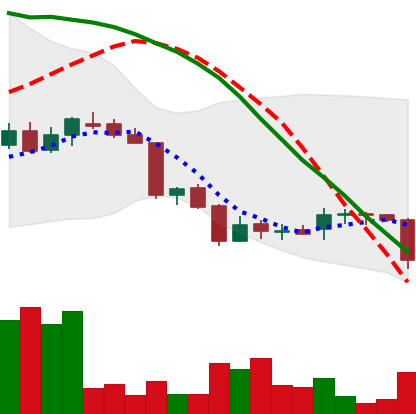
Ticker: DOGE-USD
Chart end date: 2018-06-22
Forward return: -8.658%
Label: down_7plus